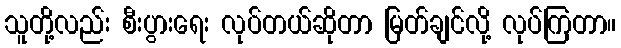
သူတို့လည်း စီးပွားရေး လုပ်တယ်ဆိုတာ မြတ်ချင်လို့ လုပ်ကြတာ။